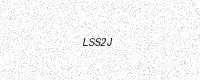
Text: LSS2J